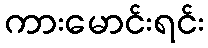
ကားမောင်းရင်း